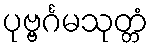
ပုဗ္ဗင်္ဂမသုတ္တံ